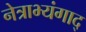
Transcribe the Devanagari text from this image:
नेत्राभ्यंगाद्